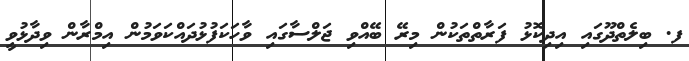
ފ. ބިލެތްދޫގައި އިދިކޮޅު ފަރާތްތަކުން މިރޭ ބޭއްވި ޖަލްސާގައި ވާހަކަފުޅުދައްކަވަމުން އިމްރާން ވިދާޅުވީ